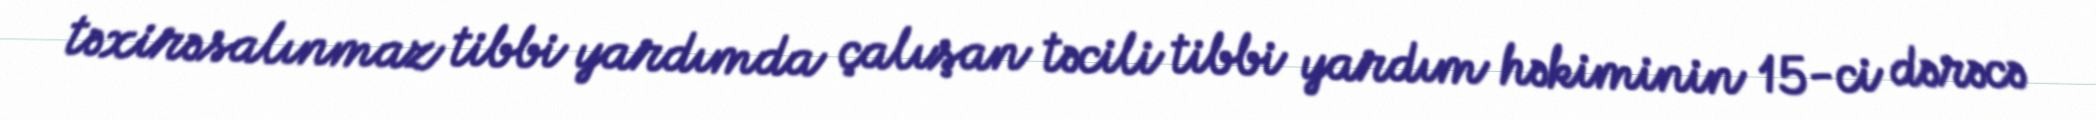
təxirəsalınmaz tibbi yardımda çalışan təcili tibbi yardım həkiminin 15-ci dərəcə